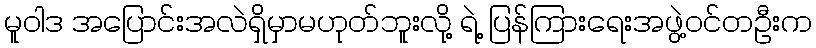
မူဝါဒ အပြောင်းအလဲရှိမှာမဟုတ်ဘူးလို့ ရဲ့ ပြန်ကြားရေးအဖွဲ့ဝင်တဦးက